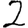
Digit: 2